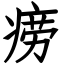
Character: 痨